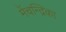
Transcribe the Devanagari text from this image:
मेंचन्द्रिका